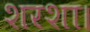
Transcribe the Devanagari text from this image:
शरशा।